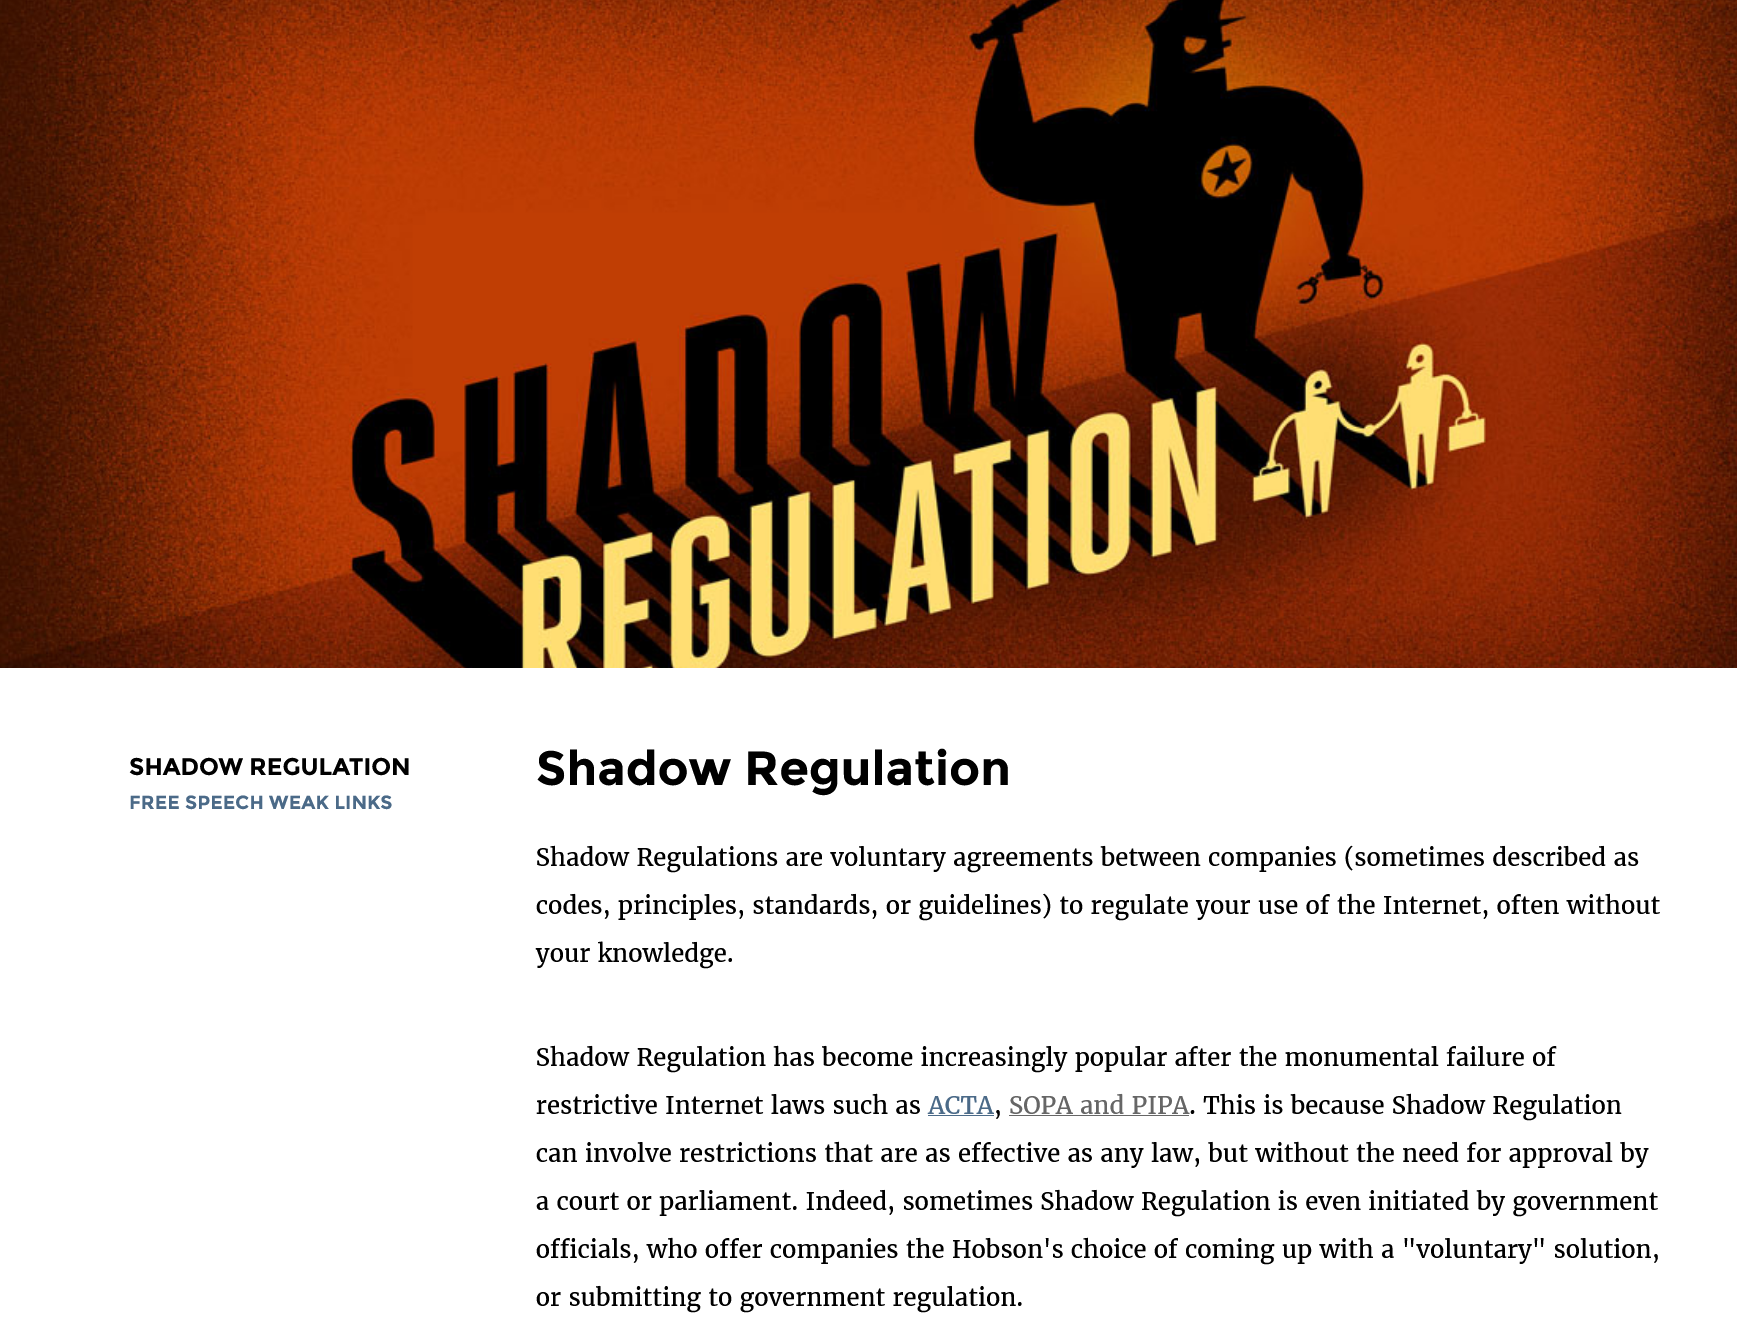
TT
     Shadow    Regulation SHADOW REGULATION
     FREE SPEECH WEAK LINKS.
     Shadow  Regulations are voluntary agreements between companies (sometimes described as
     codes, principles, standards, or guidelines) to regulate your use of the Internet, often without
     your knowledge.
     Shadow  Regulation has become increasingly popular after the monumental failure of
     restrictive Internet laws such as ACTA, SOPA and PIPA. This is because Shadow Regulation

     can involve restrictions that are as effective as any law, but without the need for approval by
     a court or parliament. Indeed, sometimes Shadow Regulation is even initiated by government
     officials, who offer companies the Hobson's choice of coming up with a "voluntary" solution,
     or submitting to government regulation.